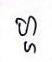
ហ្ហ